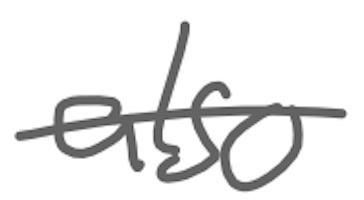
Text: also
Cross-out: single-line
Writing tool: digital_gray